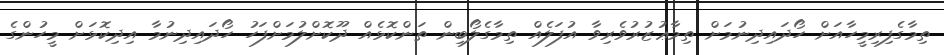
ތިމާގެފިރިމީހާއަށް ހޯދައިދިނުމަށް ތިމާޢުޒުރުވެރިވާ އުފަލެއް ތިމާގެލޯބިން ތަންކޮޅެއް ދޫކޮށްލުމަށްފަހު ހޯދައިދިނުމާ އިދިކޮޅަށް މީހުންގެ